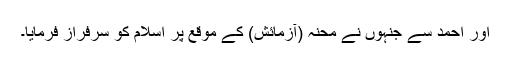
اور احمد سے جنہوں نے محنہ (آزمائش) کے موقع پر اسلام کو سرفراز فرمایا۔